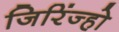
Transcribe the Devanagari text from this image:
जिरिंज्हो